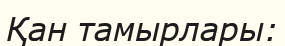
Қан тамырлары: